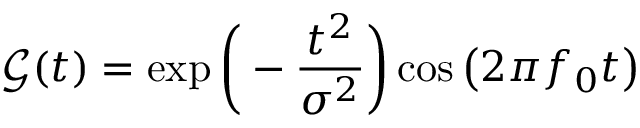
\mathcal { G } ( t ) = \exp \bigg ( - \frac { t ^ { 2 } } { \sigma ^ { 2 } } \bigg ) \cos \big ( 2 \pi f _ { 0 } t \big )